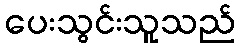
ပေးသွင်းသူသည်